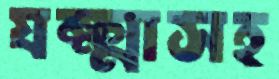
যক্ষ্মাসহ